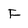
Character: F